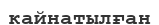
кайнатылған